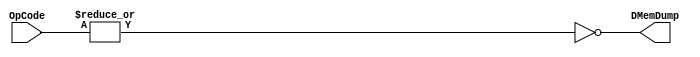

module DMemDumpMod (OpCode, DMemDump);

input [4:0]	OpCode;
output		DMemDump;

assign DMemDump = ~|OpCode;

endmodule